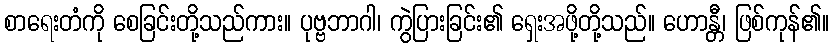
စာရေးတံကို စေခြင်းတို့သည်ကား။ ပုဗ္ဗဘာဂါ၊ ကွဲပြားခြင်း၏ ရှေးအဖို့တို့သည်။ ဟောန္တီ၊ ဖြစ်ကုန်၏။